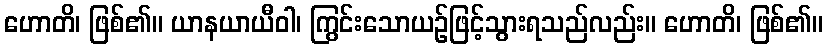
ဟောတိ၊ ဖြစ်၏။ ယာနယာယီဝါ၊ ကြွင်းသောယဉ်ဖြင့်သွားရသည်လည်း။ ဟောတိ၊ ဖြစ်၏။